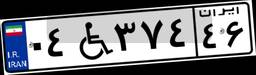
۰۴W۳۷۴۴۶